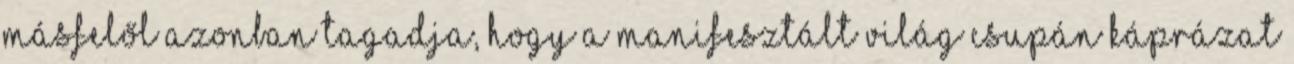
másfelől azonban tagadja, hogy a manifesztált világ csupán káprázat